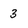
Character: 3